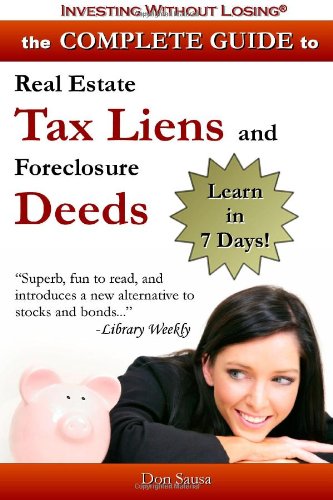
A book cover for Complete Guide to Real Estate Tax Liens and Foreclosure Deeds: Learn in 7 Days: Investing Without Losing Series; Don Sausa; Business & Money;